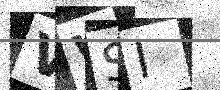
Text: VWSI